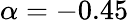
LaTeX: \alpha=-0.45